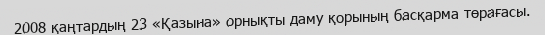
2008 қаңтардың 23 «Қазына» орнықты даму қорының басқарма төрағасы.